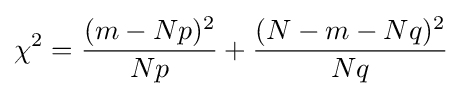
\chi ^{2}={(m-Np)^{2} \over Np}+{(N-m-Nq)^{2} \over Nq}